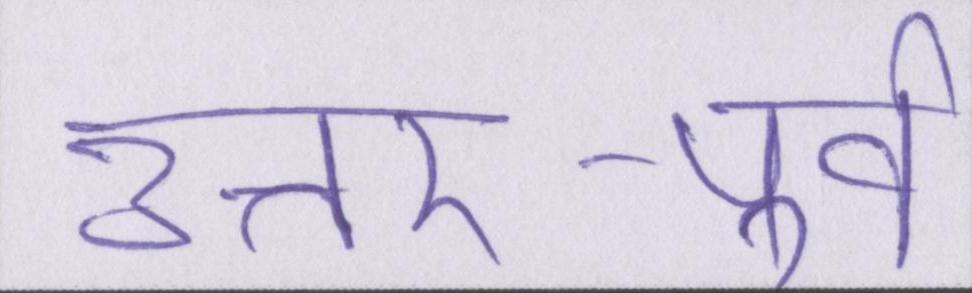
उत्तर-पूर्व